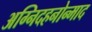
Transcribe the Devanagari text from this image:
अग्निदहनोन्माद